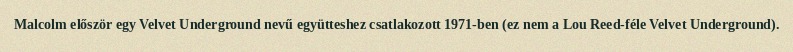
Malcolm először egy Velvet Underground nevű együtteshez csatlakozott 1971-ben (ez nem a Lou Reed-féle Velvet Underground).